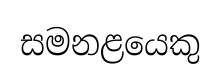
සමනළයෙකු